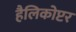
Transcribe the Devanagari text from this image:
हैलिकोप्टर